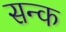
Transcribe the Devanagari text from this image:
सन्क